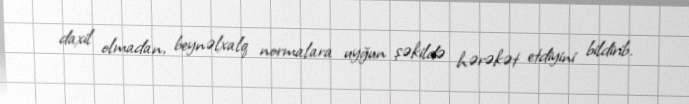
daxil olmadan, beynəlxalq normalara uyğun şəkildə hərəkət etdiyini bildirib.